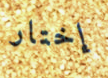
إختار